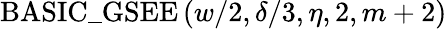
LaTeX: \mathrm{BASIC\_ GSEE}\left(w/2,\delta/3,\eta,2,m+2\right)